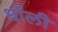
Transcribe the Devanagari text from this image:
धोंली